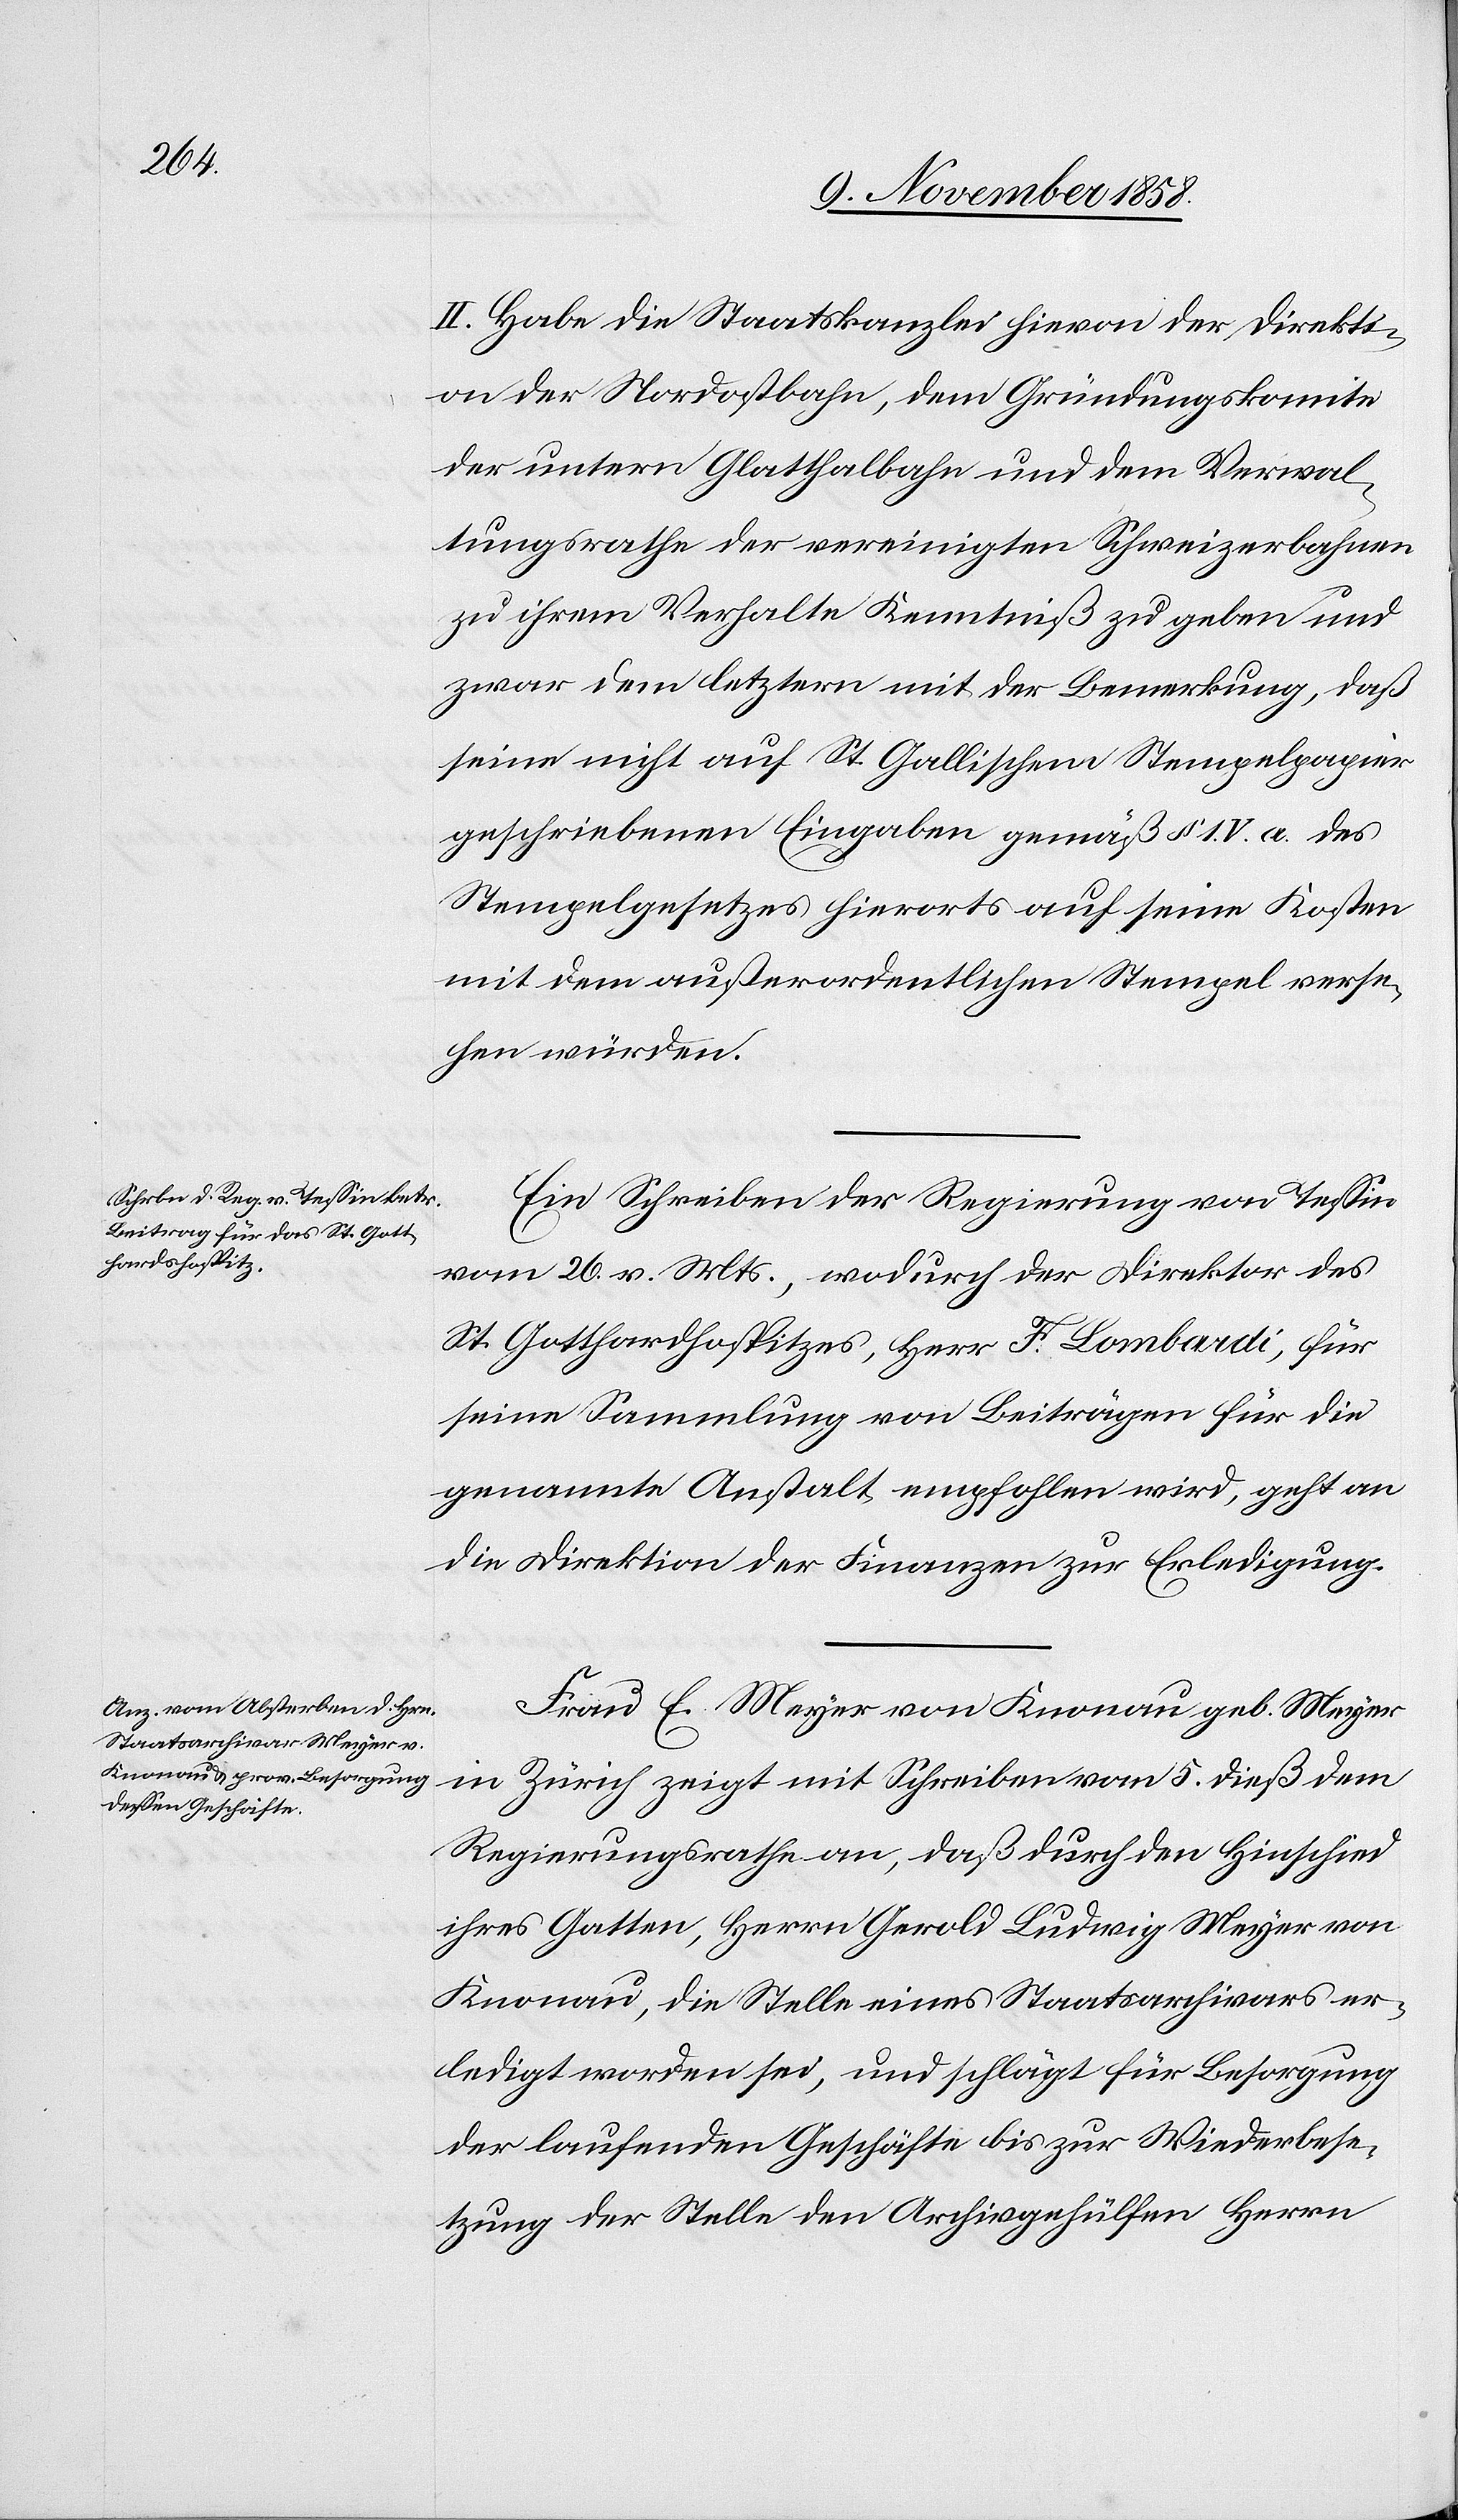
II. Habe die Staatskanzlei hievon der Direkti¬
on der Nordostbahn, dem Gründungskomite
der untern Glatthalbahn und dem Verwal¬
tungsrathe der vereinigten Schweizerbahnen
zu ihrem Verhalte Kenntniß zu geben und
zwar dem letztern mit der Bemerkung, daß
seine nicht auf St. Gallischem Stempelpapier
geschriebenen Eingaben gemäß § 1. V. a. des
Stempelgesetzes hierorts auf seine Kosten
mit dem außerordentlichen Stempel verse¬
hen würden.
Ein Schreiben der Regierung von Tessin
vom 26. v. Mts., wodurch der Direktor des
St. Gotthardhospitzes, Herr F. Lombardi, für
seine Sammlung von Beiträgen für die
genannte Anstalt empfohlen wird, geht an
die Direktion der Finanzen zur Erledigung.
Frau E. Meyer von Knonau geb. Meyer
in Zürich zeigt mit Schreiben vom 5. dieß dem
Regierungsrathe an, daß durch den Hinschied
ihres Gatten, Herrn Gerold Ludwig Meyer von
Knonau, die Stelle eines Staatsarchivars er¬
ledigt worden sei, und schlägt für Besorgung
der laufenden Geschäfte bis zur Wiederbese¬
tzung der Stelle den Archivgehülfen Herrn